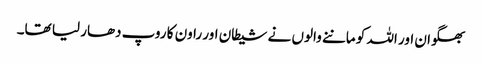
بھگوان اور اللہ کو ماننے والوں نے شیطان اور راون کا روپ دھار لیا تھا۔